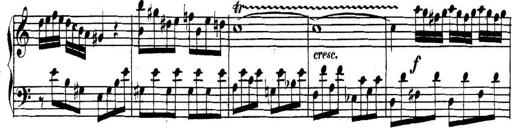
Title: Collected Piano Sonatas
Composer: Muzio Clementi